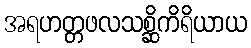
အရဟတ္တဖလသစ္ဆိကိရိယာယ